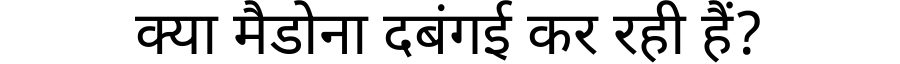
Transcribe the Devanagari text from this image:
क्या मैडोना दबंगई कर रही हैं?